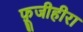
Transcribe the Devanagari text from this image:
फ़ूजीहीरा